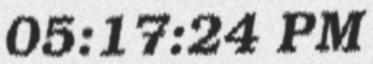
05:17:24 PM